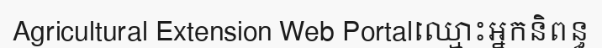
Agricultural Extension Web Portalឈ្មោះអ្នកនិពន្ធ